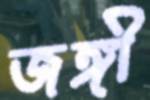
জঙ্গী